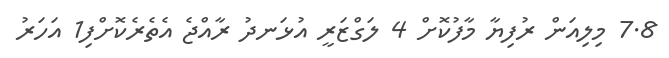
7.8 މިލިއަން ރުފިޔާ މާފުކޮށް 4 ލަގްޒަރީ އުޅަނދު ރާއްޖެ އެތެރެކޮށްފި1 އަހަރު